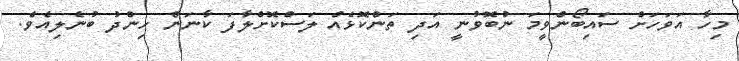
މިހާ އަވަހަށް ސައިބޯންވީމަ ނުބޮވުނީ އަދި ތަންކޮޅެއް ލަސްކޮށްލާފަ ކާނަން ހިންދު ބުނެލިއެވެ.